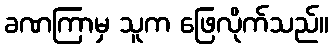
ခဏကြာမှ သူက ဖြေလိုက်သည်။